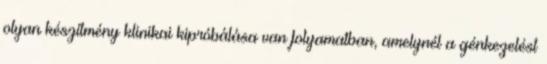
olyan készítmény klinikai kipróbálása van folyamatban, amelynél a génkezelést